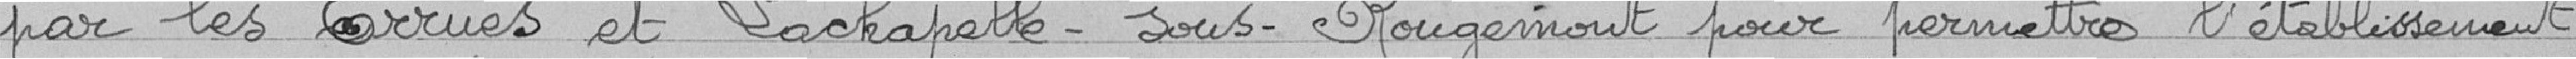
par les Errues et Lachapelle-sous-Rougemont pour permettre l'établissement